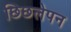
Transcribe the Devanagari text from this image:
छिछलेपन